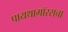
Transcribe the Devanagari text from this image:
पायथागॉरसचा